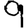
Digit: 9